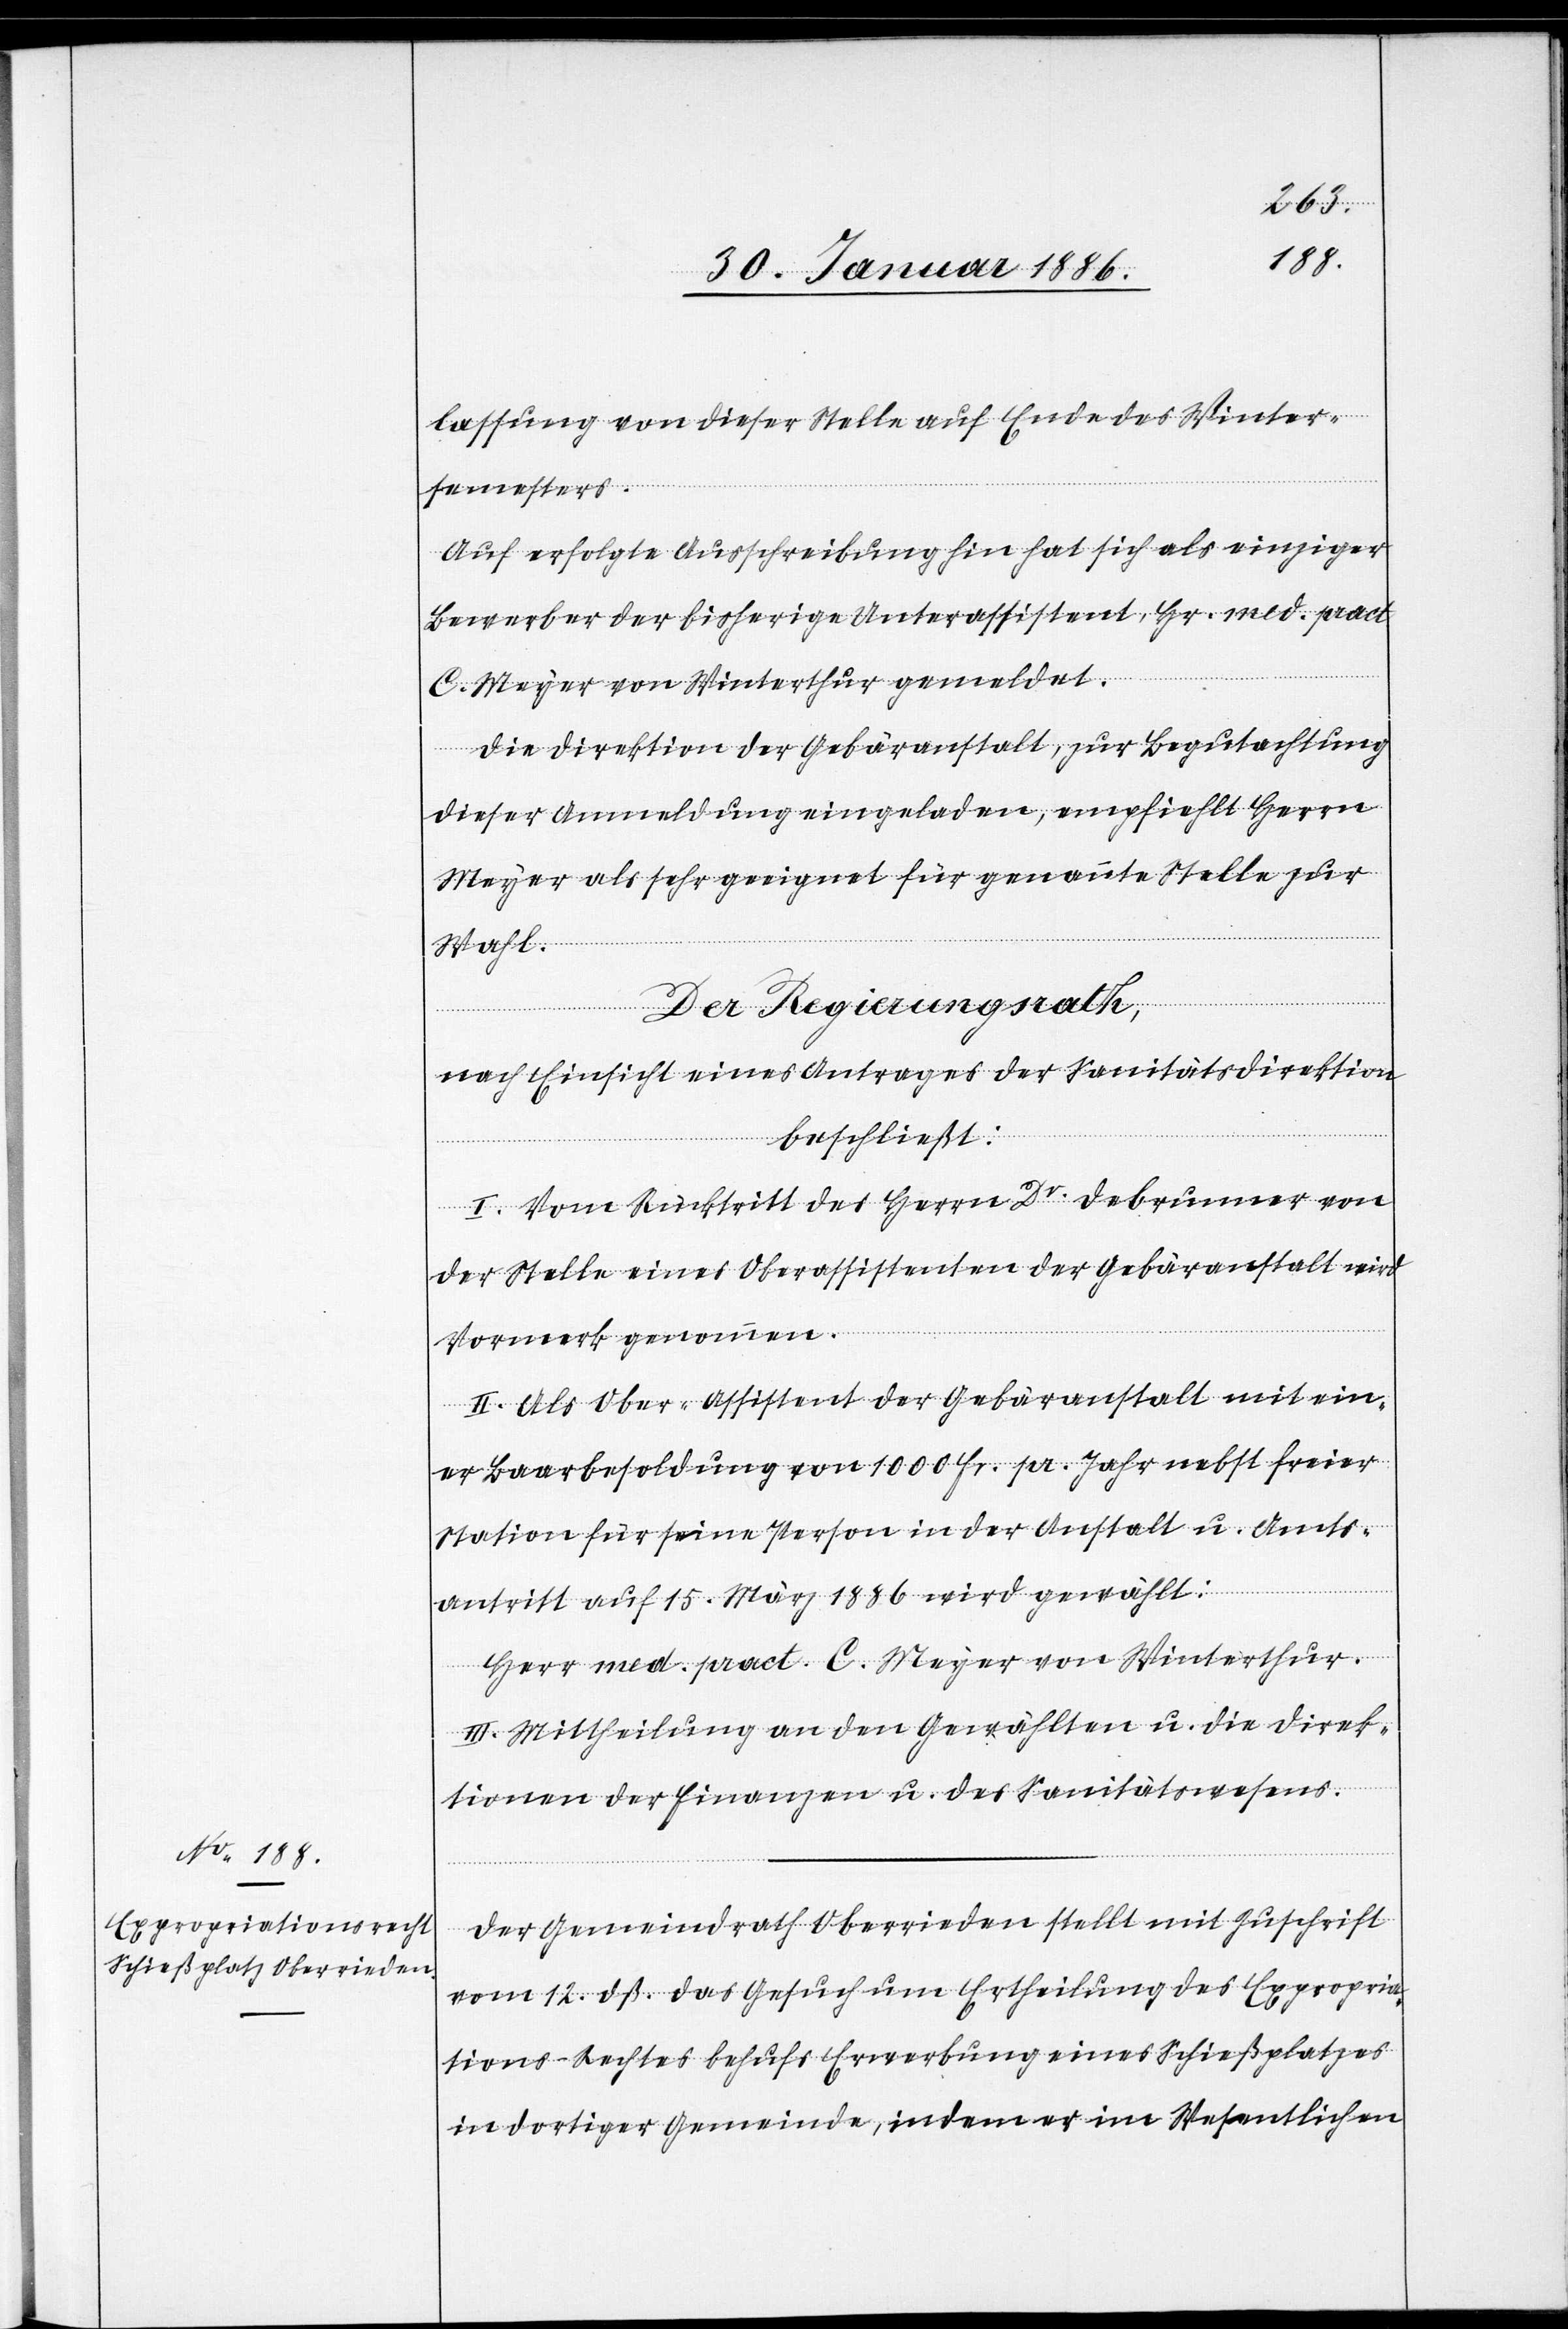
lassung von dieser Stelle auf Ende des Winter¬
semesters.
Auf erfolgte Ausschreibung hin hat sich als einziger
Bewerber der bisherige Unterassistent, Hr. med. pract.
C. Meyer von Winterthur gemeldet.
Die Direktion der Gebäranstalt, zur Begutachtung
dieser Anmeldung eingeladen, empfiehlt Herrn
Meyer als sehr geeignet für genannte Stelle zur
Wahl.
Der Regierungsrath,
nach Einsicht eines Antrages der Sanitätsdirektion
beschließt:
I. Vom Rücktritt des Herrn Dr. Debrunner von
der Stelle eines Oberassistenten der Gebäranstalt wird
Vormerk genommen.
II. Als Ober-Assistent der Gebäranstalt mit ein¬
er Baarbesoldung von 100 Fr. pr. Jahr nebst freier
Station für seine Person in der Anstalt u. Amts¬
antritt auf 15. März 1886 wird gewählt:
Herr med. pract. C. Meyer von Winterthur.
III. Mittheilung an den Gewählten u. die Direk¬
tion der Finanzen u. das Sanitätswesens.
Der Gemeindrath Oberrieden stellt mit Zuschrift
vom 12. dß. das Gesuch um Ertheilung des Expropria¬
tions-Rechtes behufs Erwerbung eines Schließplatzes
in dortiger Gemeinde, indem er im Wesentlichen